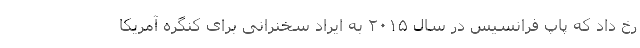
رخ داد که پاپ فرانسیس در سال ۲۰۱۵ به ایراد سخنرانی برای کنگره آمریکا